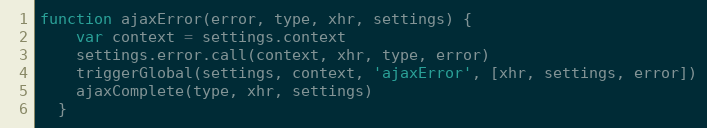
Language: JavaScript
function ajaxError(error, type, xhr, settings) {
    var context = settings.context
    settings.error.call(context, xhr, type, error)
    triggerGlobal(settings, context, 'ajaxError', [xhr, settings, error])
    ajaxComplete(type, xhr, settings)
  }